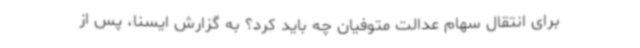
برای انتقال سهام عدالت متوفیان چه باید کرد؟ به گزارش ایسنا، پس از